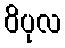
ဝိပုလ